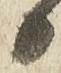
日